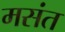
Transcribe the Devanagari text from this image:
मसंत